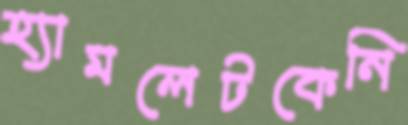
হ্যামলেটকেনি